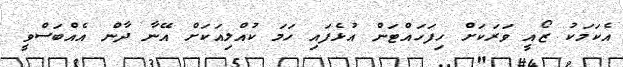
އެކަމަކު ޒޯއީ ވަރަކަށް ހިފަހައްޓަން އުޅެފައި ހަމަ ކުއްލިއަކަށް އޭނާ ދާން އެއްބަސްވީ